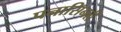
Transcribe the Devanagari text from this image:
पनासिनरी